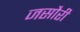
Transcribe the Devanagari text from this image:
जसौरी